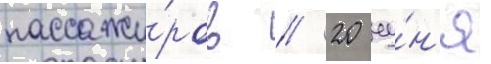
пассажи́ров // 20 иу́н'я